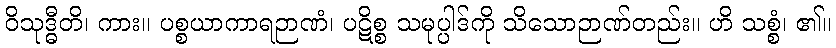
ဝိသုဒ္ဓီတိ၊ ကား။ ပစ္စယာကာရဉာဏံ၊ ပဋိစ္စ သမုပ္ပါဒ်ကို သိသောဉာဏ်တည်း။ ဟိ သစ္စံ၊ ၏။